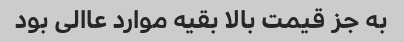
به جز قیمت بالا بقیه موارد عاالی بود